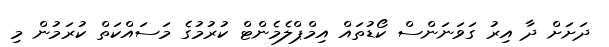
ދަށަށް ދާ އިރު ގަވަނަންސް ކޯޑުތައް އިމްޕްލެމެންޓް ކުރުމުގެ މަސައްކަތް ކުރަމުން މި